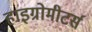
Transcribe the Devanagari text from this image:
हाइग्रोमीटर्स